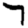
Digit: 7